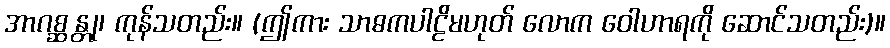
အာဂစ္ဆန္တု၊ ကုန်သတည်း။ (ဤကား သာဓကပါဠိမဟုတ် လောက ဝေါဟာရကို ဆောင်သတည်း)။